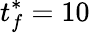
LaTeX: t_{f}^{\ast}=10